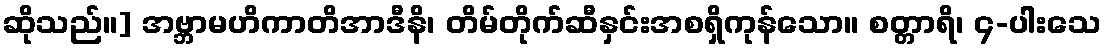
ဆိုသည်။] အဗ္ဘာမဟိကာတိအာဒီနိ၊ တိမ်တိုက်ဆီနှင်းအစရှိကုန်သော။ စတ္တာရိ၊ ၄-ပါးသေ